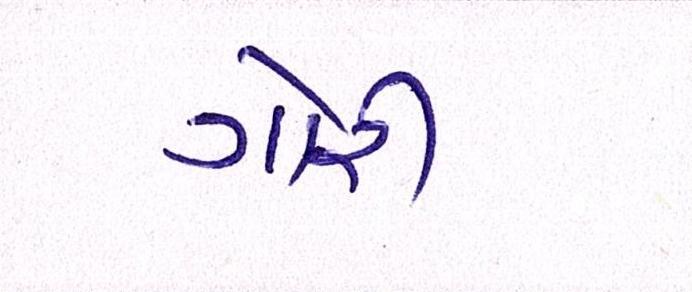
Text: ગોરી